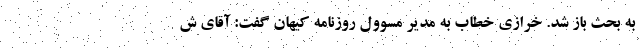
به بحث باز شد. خرازی خطاب به مدیر مسوول روزنامه کیهان گفت: آقای ش